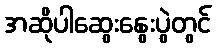
အဆိုပါဆွေးနွေးပွဲတွင်